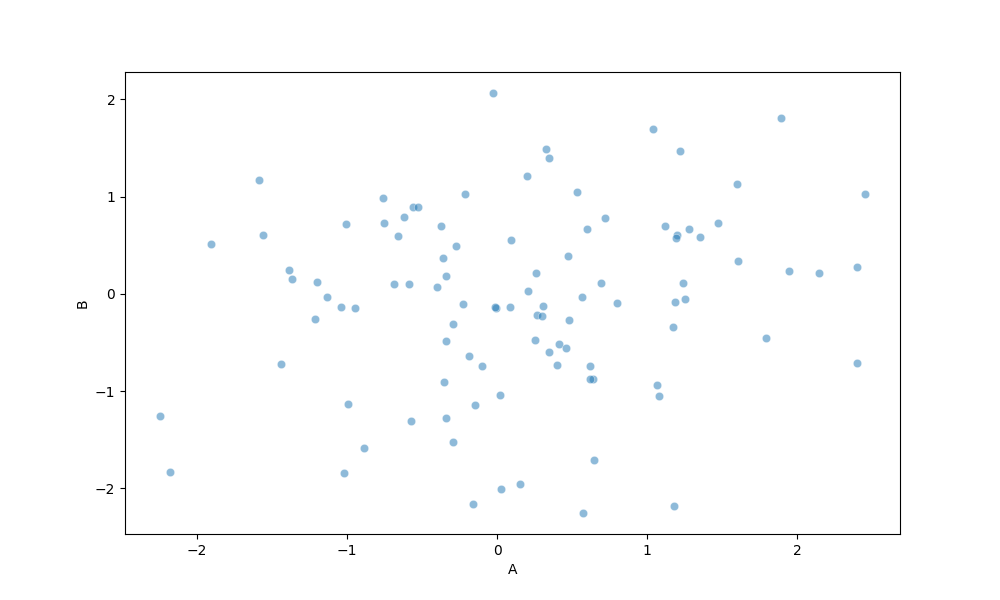
python, seaborn, scatterplot, hue='None', style='None', size='None', palette='deep', alpha=0.5